65_HS1-834228961_62-HQ-83894_Section_4
Agency: FBI
Page 48
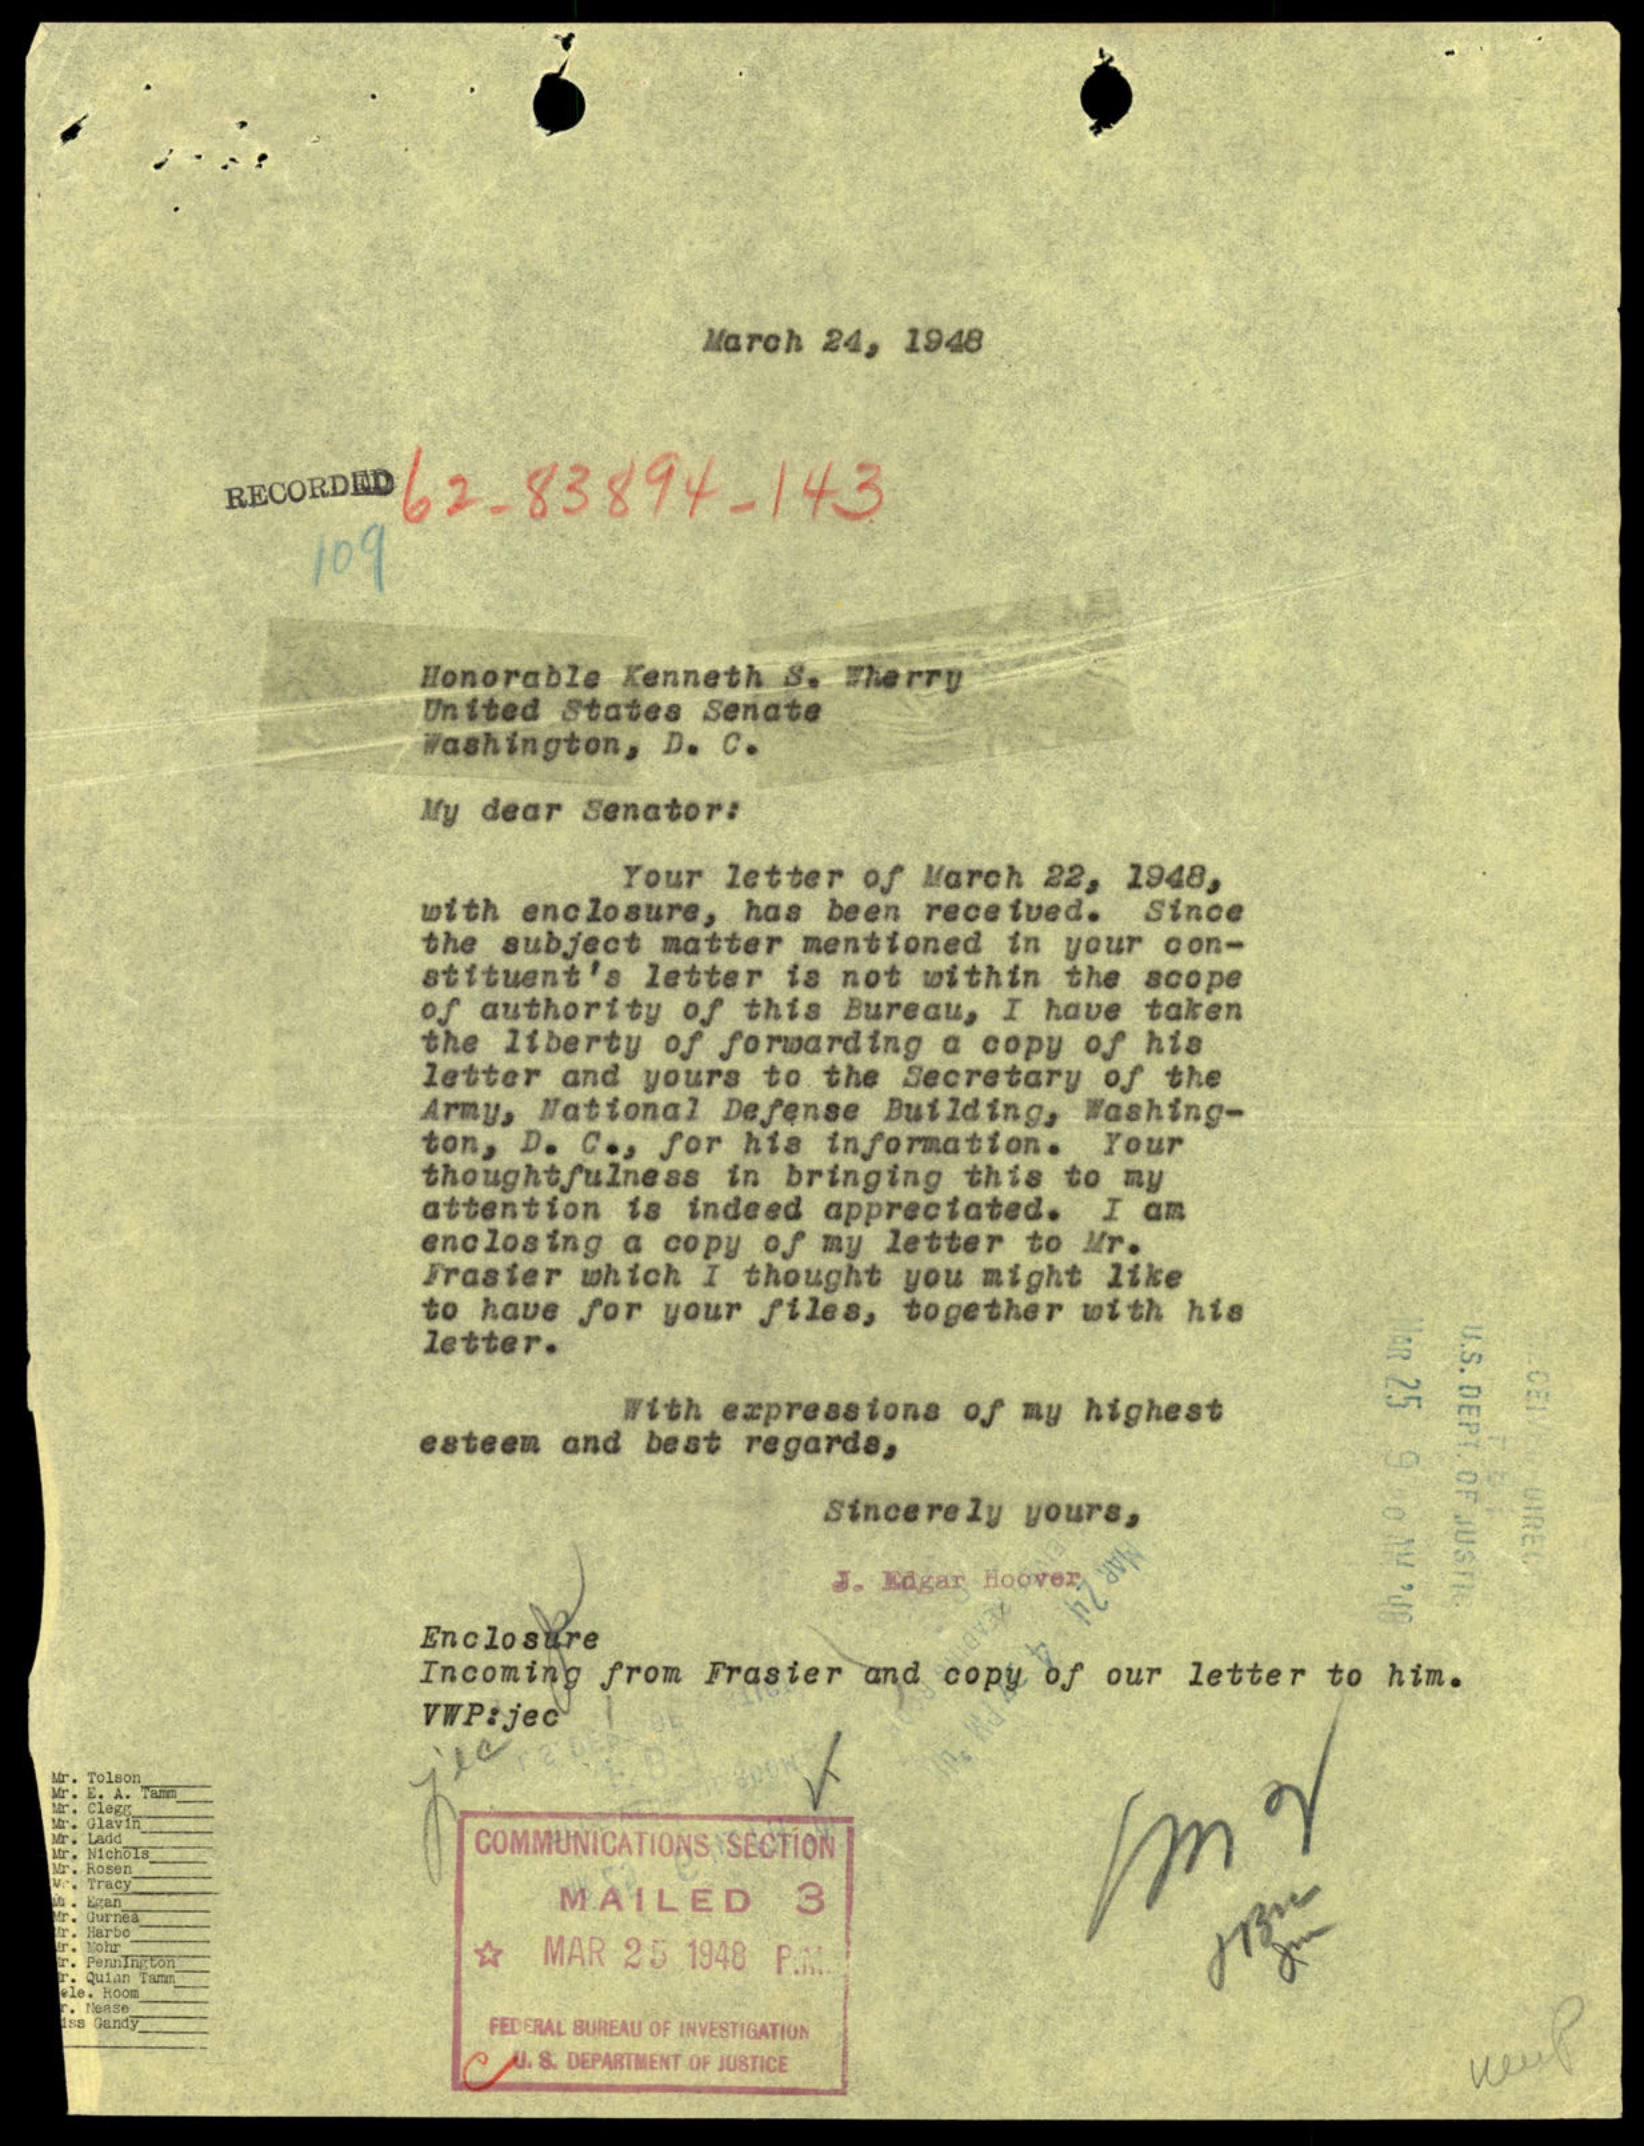